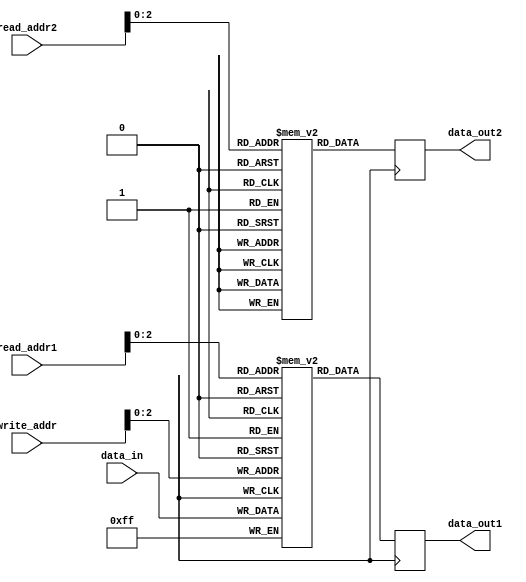
module memory_blocks_multport_register_file (
    input [7:0] data_in,
    input [3:0] write_addr,
    input [3:0] read_addr1,
    input [3:0] read_addr2,
    output reg [7:0] data_out1,
    output reg [7:0] data_out2
);

reg [7:0] memory_block1 [7:0];
reg [7:0] memory_block2 [7:0];

always @ (posedge clk) begin
    memory_block1[write_addr] <= data_in;
    data_out1 <= memory_block1[read_addr1];
    data_out2 <= memory_block2[read_addr2];
end

endmodule